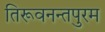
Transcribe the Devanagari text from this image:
तिरूवनन्तपुरम